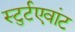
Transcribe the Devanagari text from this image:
स्टुर्टएवांट